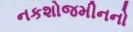
નકશોજમીનનો